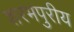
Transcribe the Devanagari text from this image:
शरभपुरीय